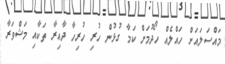
މައްސަލައަށް ހައްލެއް ހޯދުމަށް ކަމާ ގުޅުން ހުރި ހުރިހާ ދާއިރާ ތަކާއި މަޝްވަރާ